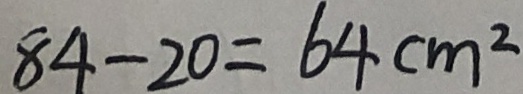
8 4 - 2 0 = 6 4 c m ^ { 2 }